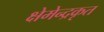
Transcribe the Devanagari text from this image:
क्षेमेन्द्रकृत